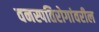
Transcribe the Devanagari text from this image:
वनस्पतिरोगांवरील